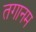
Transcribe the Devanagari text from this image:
तगानम